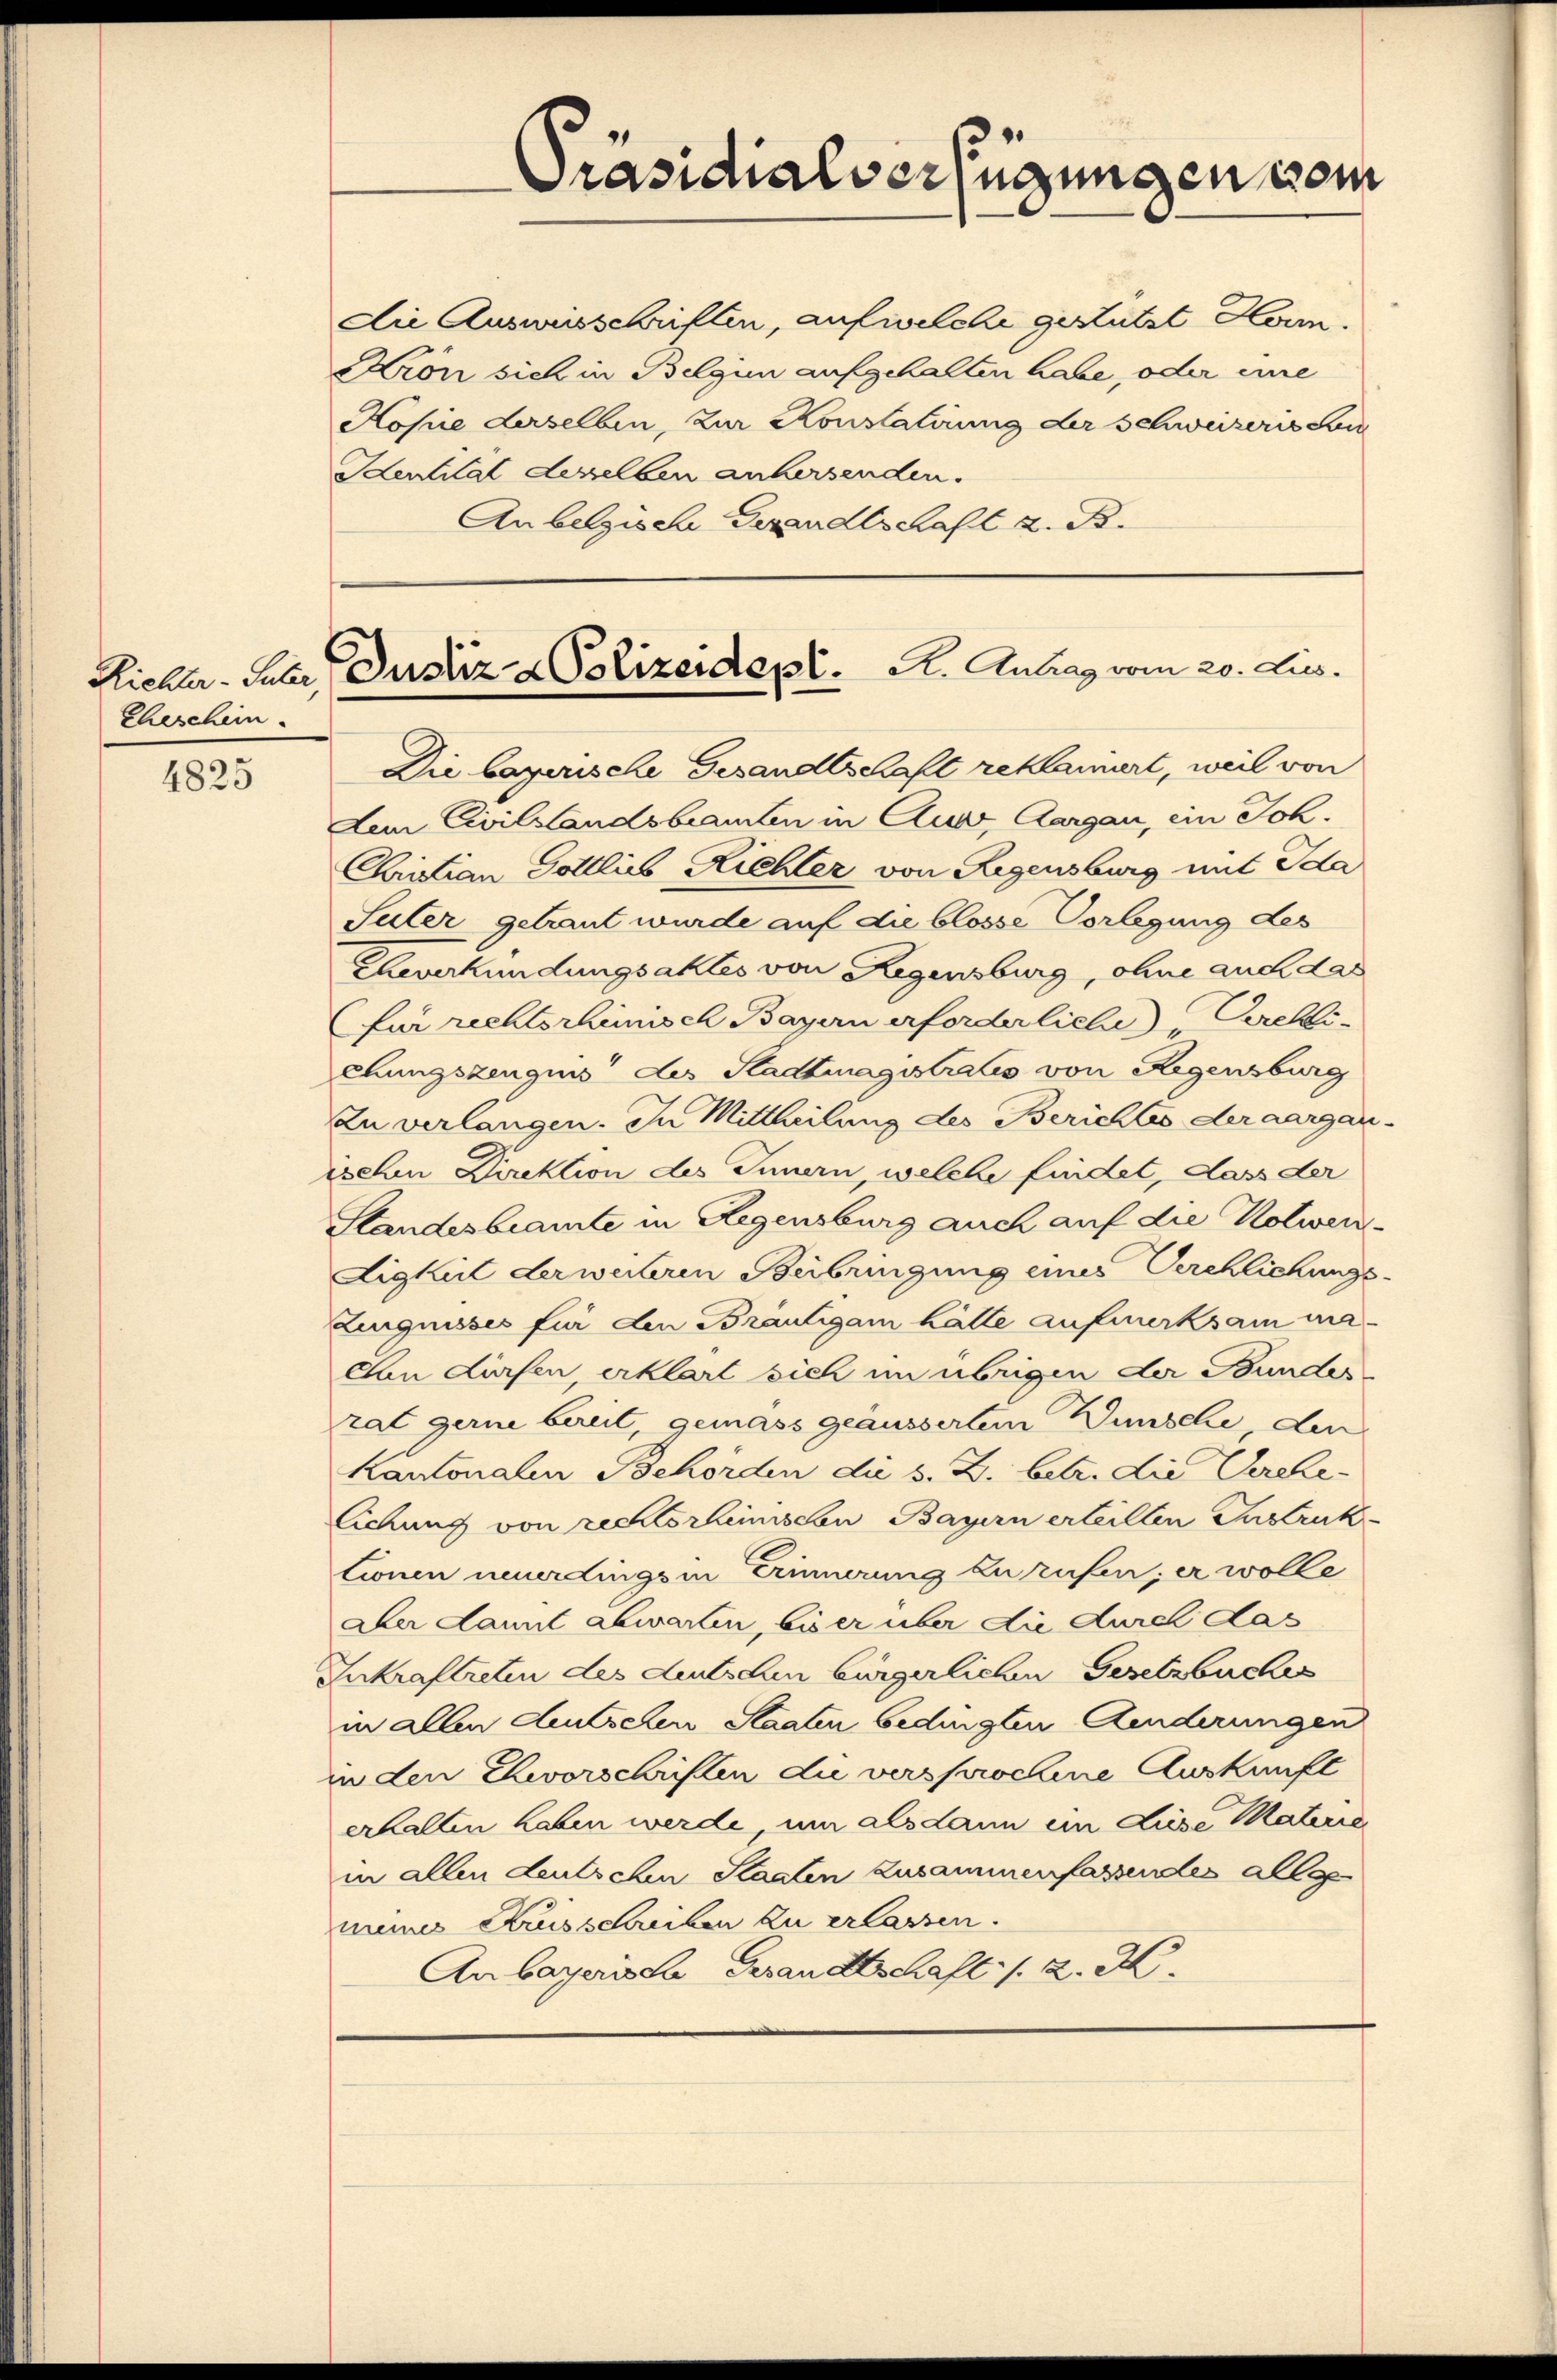
Eheschein.

4825

die Ausweisschriften, auf welche gestützt Horn.
Krön sich in Belgien aufgehalten habe, oder eine
Kopie derselben, zur Konstatirung der Schweizeris Lu
Identität desselben anhersenden.
An belgische Gesandtschaft z. B.

Präsidialverfügungen vom

Richter - Taber Justiz- & Polizeidepl.   A. Antrag vom 20. Lies.

Die bayerische Gesandtschaft reklamiert, weil von
Dem Civilstandsbeamten in Auer, Aargau, ein Joh.
Christian Gottlieb Richter von Regensburg mit Ida
Suter getraut wurde auf die blosse Vorlegung des
Eheverkündungsaktes von Regensburg, ohne auch das
für rechtschimisch Bayern erforderliche Verehlichungszeugnis des Stadtmagistrats von Regensburg
Zu verlangen. In Mittheilung des Berichtes der aargauisehen Direktion des Innern, welche findet, dass der
Standesbeamte in Regensburg auch auf die Kolwen-
Ligkeit der weiteren Beibringung eines Verchlichungs-
Zingnisses für den Bräutigam hätte aufmerksam ma
Con dürfen, erklärt sich im übrigen der Bunder
rat gerne bereit, gemäss geäussertem Wunsche den
Kantonalen Behörden die s. Z. betr. die Verehe-
lichung von rectorischen Bayern erteilten Instruk
tionen neuerdings in Erinnerung zurufen; er wolle
aber dannt abwarten, bis er über die durch das
Inkraftreten des deutschen bürgerlichen Gesetzbuches
in allen Amtschen Staaten bedingten Aenderungen
in den Ehevorschriften die versprochene Auskunft
erhalten haben werde, um alsdann ein diese Materie
in allen deutschen Staaten zusammenfassendes alle
mine Kreisschreiben zu erlassen.
An bayerische Gesandtschaft s. z. B.